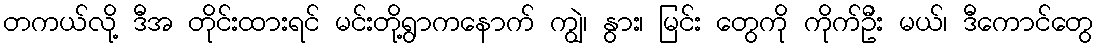
တကယ်လို့ ဒီအ တိုင်းထားရင် မင်းတို့ရွာကနောက် ကျွဲ၊ နွား၊ မြင်း တွေကို ကိုက်ဦး မယ်၊ ဒီကောင်တွေ